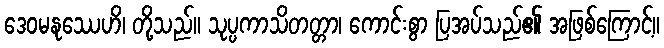
ဒေဝမနုဿေဟိ၊ တို့သည်။ သုပ္ပကာသိတတ္တာ၊ ကောင်းစွာ ပြအပ်သည်၏ အဖြစ်ကြောင့်။